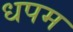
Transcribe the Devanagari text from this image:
धपम